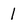
Character: 1